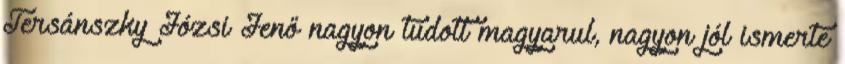
Tersánszky Józsi Jenő nagyon tudott magyarul, nagyon jól ismerte